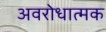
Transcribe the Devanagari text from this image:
अवरोधात्मक